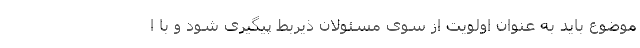
موضوع باید به عنوان اولویت از سوی مسئولان ذیربط پیگیری شود و با ا